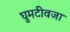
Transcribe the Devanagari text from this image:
घुमटीवजा